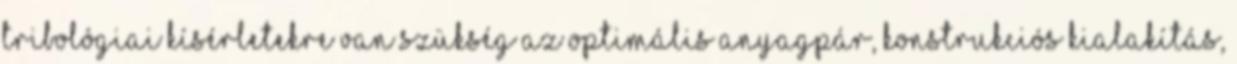
tribológiai kísérletekre van szükség az optimális anyagpár, konstrukciós kialakítás,